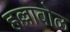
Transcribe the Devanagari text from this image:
हल्लाबोळ